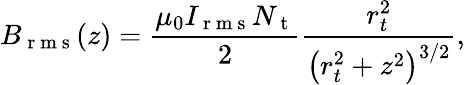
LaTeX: B_{\mathrm{~r~m~s~}}(z)=\frac{\mu_{0}I_{\mathrm{~r~m~s~}}N_{\mathrm{~t~}}}{2}\frac{r_{t}^{2}}{\left(r_{t}^{2}+z^{2}\right)^{3/2}},